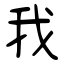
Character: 我